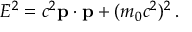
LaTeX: E ^ { 2 } = c ^ { 2 } \mathbf { p } \cdot \mathbf { p } + ( m _ { 0 } c ^ { 2 } ) ^ { 2 } \, .